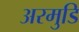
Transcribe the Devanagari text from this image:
अरमुडि